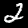
Digit: 2